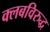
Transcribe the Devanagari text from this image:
क्लबविरुद्ध